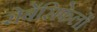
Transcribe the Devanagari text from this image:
रोबेंसिफेलों